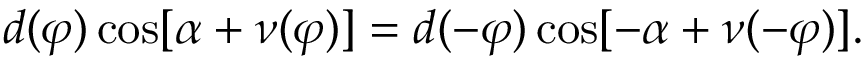
d ( \varphi ) \cos [ \alpha + \nu ( \varphi ) ] = d ( - \varphi ) \cos [ - \alpha + \nu ( - \varphi ) ] .